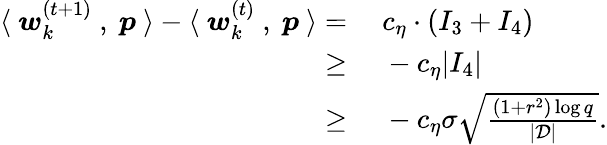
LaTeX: \begin{array}{rl}{\langle~{\boldsymbol w}_{k}^{(t+1)}~,~{\boldsymbol p}~\rangle-\langle~{\boldsymbol w}_{k}^{(t)}~,~{\boldsymbol p}~\rangle=}&{~c_{\eta}\cdot(I_{3}+I_{4})}\\ {\ge}&{~-c_{\eta}|I_{4}|}\\ {\ge}&{~-c_{\eta}\sigma\sqrt{\frac{(1+r^{2})\log q}{|\mathcal{D}|}}.}\end{array}